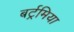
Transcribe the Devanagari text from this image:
बर्ट्रमिया